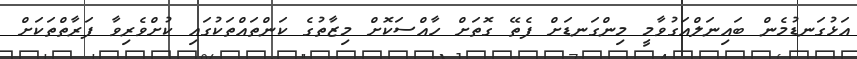
އަޅުގަނޑުމެން ބައިނަލްއަގުވާމީ މިންގަނޑަށް ފެތޭ ގޮތަށް ހާއްސަކޮށް މިޒާތުގެ ކަންތައްތަކުގައި ކުށްވެރިވާ ފަރާތްތަކަށް